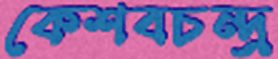
কেশবচন্দ্র